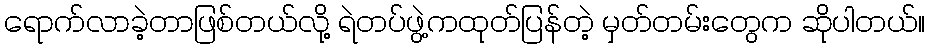
ရောက်လာခဲ့တာဖြစ်တယ်လို့ ရဲတပ်ဖွဲ့ကထုတ်ပြန်တဲ့ မှတ်တမ်းတွေက ဆိုပါတယ်။